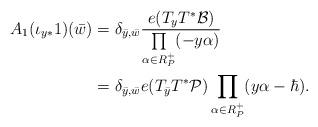
LaTeX: \begin{align*}A_1(\iota_{y*}1)(\bar{w})&=\delta_{\bar{y},\bar{w}}\frac{e(T_yT^*\mathcal{B})}{\prod\limits_{\alpha\in R^+_P}(-y\alpha)}\\&=\delta_{\bar{y},\bar{w}}e(T_{\bar{y}}T^*\mathcal{P})\prod\limits_{\alpha\in R^+_P}(y\alpha-\hbar).\end{align*}